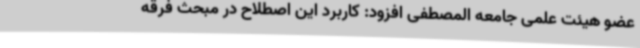
عضو هیئت علمی جامعه المصطفی افزود: کاربرد این اصطلاح در مبحث فرقه